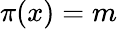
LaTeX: \pi(x)=m